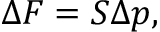
\Delta F = S \Delta p ,